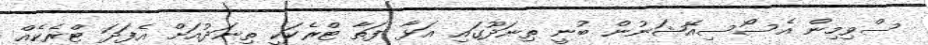
ސްވިމިން އެސޯސިއޭޝަނުން ބުނީ ތިނަދޫގައި އަޅާ ފަތާ ޓްރެކަކީ ތިނަދުއަށް އެފަދަ ޓްރެކެއް